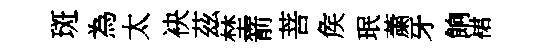
斑為太袂茲埜箭菩矦珉䔥牙餉裙